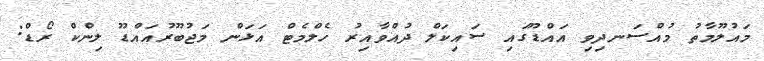
މައުލޫމާތު މުއްސަނދިވި އައްޑޫގައި ސައިކަލް ދުއްވާއިރު ހެލްމެޓް އަޅަން މަޖުބޫރުއައްޑޫ ލިންކް ރޯޑް: